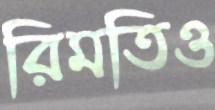
রিমতিও